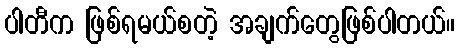
ပါတီက ဖြစ်ရမယ်စတဲ့ အချက်တွေဖြစ်ပါတယ်။